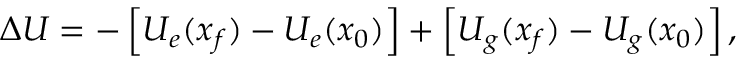
\Delta U = - \left[ U _ { e } ( x _ { f } ) - U _ { e } ( x _ { 0 } ) \right] + \left[ U _ { g } ( x _ { f } ) - U _ { g } ( x _ { 0 } ) \right] ,